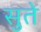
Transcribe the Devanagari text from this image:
सुते